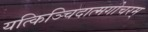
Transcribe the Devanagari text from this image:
यत्किञ्चिदात्मगोचरम्